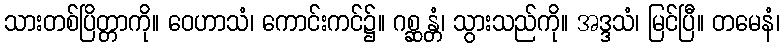
သားတစ်ပြိတ္တာကို။ ဝေဟာသံ၊ ကောင်းကင်၌။ ဂစ္ဆန္တံ၊ သွားသည်ကို။ အဒ္ဒသံ၊ မြင်ပြီ။ တမေနံ၊